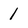
Character: 1